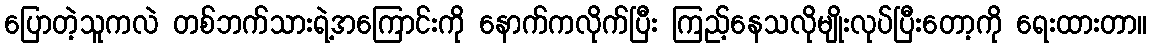
ပြောတဲ့သူကလဲ တစ်ဘက်သားရဲ့အကြောင်းကို နောက်ကလိုက်ပြီး ကြည့်နေသလိုမျိုးလုပ်ပြီးတော့ကို ရေးထားတာ။